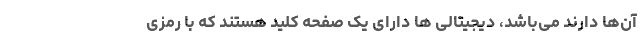
آن­ها دارند می­باشد، دیجیتالی ­ها دارای یک صفحه کلید هستند که با رمزی